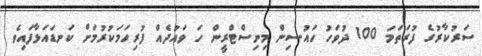
ސަރުކާރުގެ ފުރަތަމަ 100 ދުވަހު ހައުސިން މިނިސްޓްރީން ހަ ވައުދެއް ފުރިހަމަކުރުމަށް ކަނޑައަޅާފައިވެ